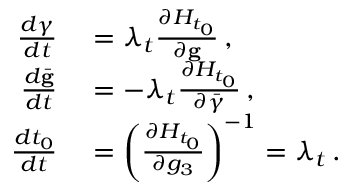
\begin{array} { r l } { \frac { d { \boldsymbol { \gamma } } } { d t } } & { { } = \lambda _ { t } \frac { \partial { \cal H } _ { t _ { 0 } } } { \partial { \bf g } } \, , } \\ { \frac { d \bar { \bf g } } { d t } } & { { } = - \lambda _ { t } \frac { \partial { \cal H } _ { t _ { 0 } } } { \partial \bar { \boldsymbol { \gamma } } } \, , } \\ { \frac { d t _ { 0 } } { d t } } & { { } = \left( \frac { \partial { \cal H } _ { t _ { 0 } } } { \partial g _ { 3 } } \right) ^ { - 1 } = \lambda _ { t } \, . } \end{array}